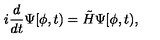
i \frac { d } { d t } \Psi [ \phi , t ) = \tilde { H } \Psi [ \phi , t ) ,